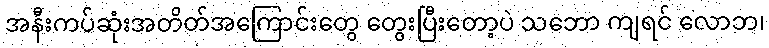
အနီးကပ်ဆုံးအတိတ်အကြောင်းတွေ တွေးပြီးတော့ပဲ သဘော ကျရင် လောဘ၊